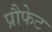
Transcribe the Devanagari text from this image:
प्रौफेट